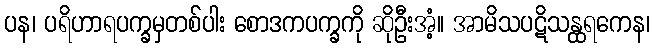
ပန၊ ပရိဟာရပက္ခမှတစ်ပါး စောဒကပက္ခကို ဆိုဦးအံ့။ အာမိသပဋိသန္ထရကေန၊